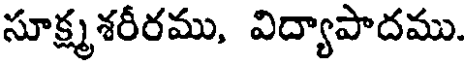
సూక్ష్మశరీరము, విద్యాపాదము.